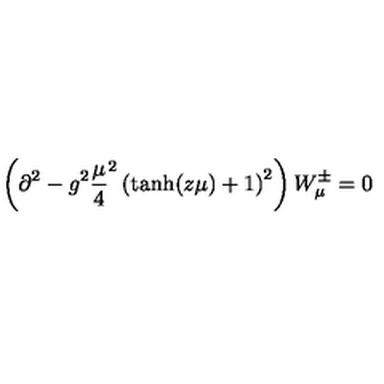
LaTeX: \left( \partial ^ { 2 } - g ^ { 2 } { \frac { \mu } { 4 } } ^ { 2 } \left( \mathrm { t a n h } ( z \mu ) + 1 \right) ^ { 2 } \right) W _ { \mu } ^ { \pm } = 0